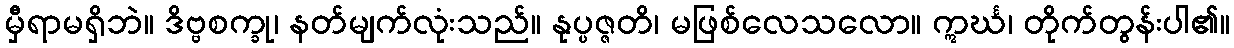
မှီရာမရှိဘဲ။ ဒိဗ္ဗစက္ခု၊ နတ်မျက်လုံးသည်။ နုပ္ပဇ္ဇတိ၊ မဖြစ်လေသလော။ ဣင်္ဃ၊ တိုက်တွန်းပါ၏။